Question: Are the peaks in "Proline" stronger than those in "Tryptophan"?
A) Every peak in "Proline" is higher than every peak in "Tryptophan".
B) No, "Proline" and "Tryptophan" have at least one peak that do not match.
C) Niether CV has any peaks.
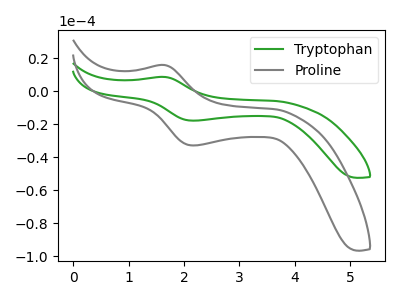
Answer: <think>The green curve "Tryptophan" has an anodic peak at (1.65V, 8.60uA) and a cathodic peak at (2.20V, -17.90uA). The gray curve "Proline" has an anodic peak at (1.65V, 15.80uA) and a cathodic peak at (2.20V, -32.90uA).</think>
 <answer>A) Every peak in "Proline" is higher than every peak in "Tryptophan".</answer>
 <eval>A</eval>